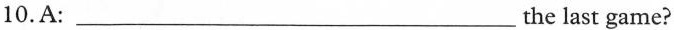
10.A: ___the last game?